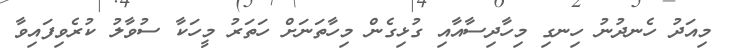
މިއަދު ހެނދުނު ހިނގި މިހާދިސާއާއި ގުޅިގެން މިހާތަނަށް ހަތަރު މީހަކާ ސުވާލު ކުރެވިފައިވާ